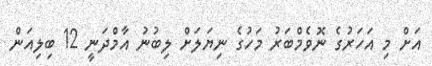
އަށް މި އަހަރުގެ ނޮވެމްބަރު މަހުގެ ނިޔަލަށް ލިބުނު އާމްދަނީ 12 ބިލިއަން